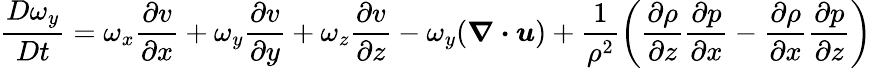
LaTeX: \frac{D\omega_{y}}{Dt}=\omega_{x}\frac{\partial v}{\partial x}+\omega_{y}\frac{\partial v}{\partial y}+\omega_{z}\frac{\partial v}{\partial z}-\omega_{y}(\boldsymbol{\nabla\cdot u})+\frac{1}{\rho^{2}}\bigg(\frac{\partial\rho}{\partial z}\frac{\partial p}{\partial x}-\frac{\partial\rho}{\partial x}\frac{\partial p}{\partial z}\bigg)